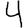
Digit: 4